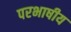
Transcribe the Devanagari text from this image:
परभाषीय